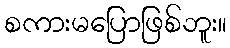
စကားမပြောဖြစ်ဘူး။